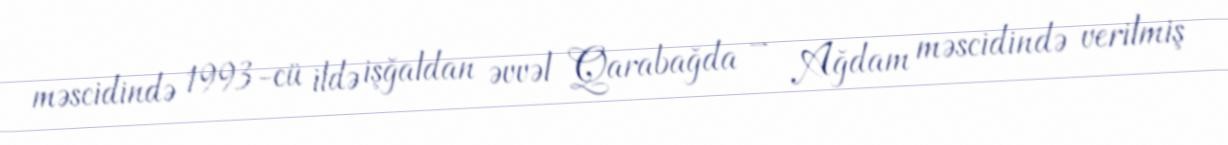
məscidində 1993-cü ildə işğaldan əvvəl Qarabağda – Ağdam məscidində verilmiş